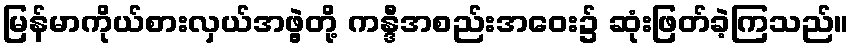
မြန်မာကိုယ်စားလှယ်အဖွဲ့တို့ ကန္ဒီအစည်းအဝေး၌ ဆုံးဖြတ်ခဲ့ကြသည်။